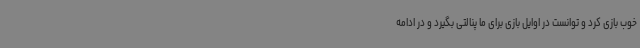
خوب بازی کرد و توانست در اوایل بازی برای ما پنالتی بگیرد و در ادامه